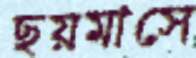
ছয়মাসে